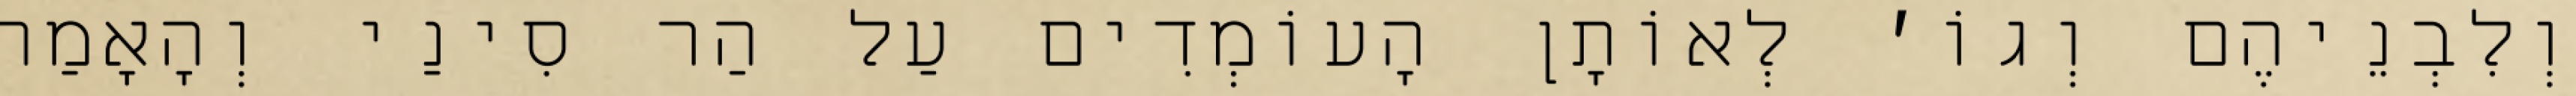
וְלִבְנֵיהֶם וְגוֹ׳ לְאוֹתָן הָעוֹמְדִים עַל הַר סִינַי וְהָאָמַר